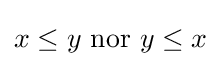
x\leq y{\text{ nor }}y\leq x